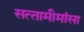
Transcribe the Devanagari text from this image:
सत्‍तामीमांसा